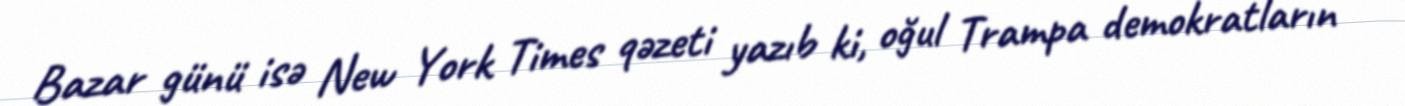
Bazar günü isə New York Times qəzeti yazıb ki, oğul Trampa demokratların